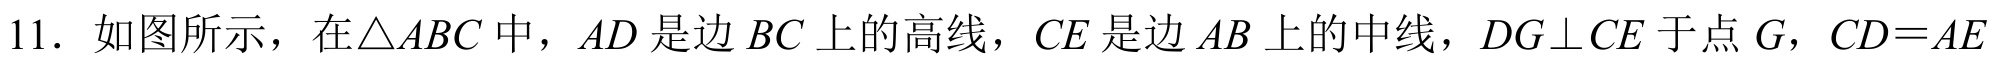
11. 如图所示，在\(\triangle ABC\)中，\(AD\)是边\(BC\)上的高线，\(CE\)是边\(AB\)上的中线，\(DG\perp CE\)于点\(G\)，\(CD = AE\)